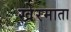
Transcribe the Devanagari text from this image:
खेरमाता